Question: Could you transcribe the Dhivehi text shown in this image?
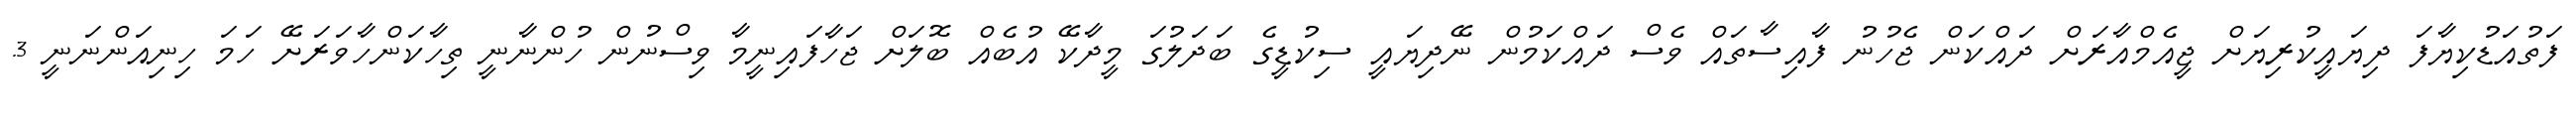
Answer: ފަތުއަޑުކިޔާފަ ދިޔައީކުރިޔަށް ޖީއެމްއާރަށް ދައްކަން ޖެހުނު ފާއިސާތައް ވެސް ދައްކަމުން ނޭދިޔައީ ސިކުޑީގެ ބަދަލުގަ މީދާކޭ އުބެއް ބޮލަށް ޖަހާފައިނީމާ ވިސްނުން ހުންނާނީ ތިހާކަންހާވަރަށޭ ހަމަ ހިނިއަންނަނީ 3.